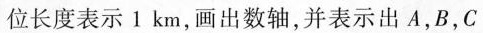
位长度表示1km，画出数轴，并表示出A，B，C